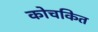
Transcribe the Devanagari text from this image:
कोचकित